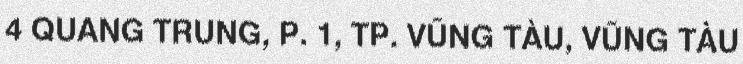
4 QUANG TRUNG, P. 1, TP. VŨNG TÀU, VŨNG TÀU